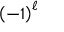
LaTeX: { \left( { - 1 } \right) } ^ { \ell }